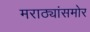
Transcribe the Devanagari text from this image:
मराठ्यांसमोर